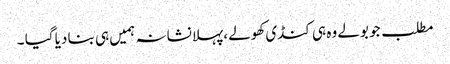
مطلب جو بولے وہ ہی کنڈی کھولے ،پہلا نشانہ ہمیں ہی بنا دیا گیا ۔